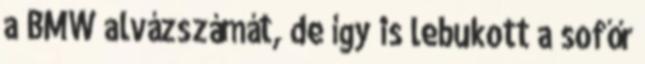
a BMW alvázszámát, de így is lebukott a sofőr